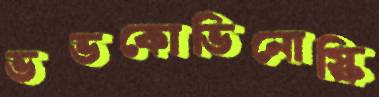
ভভকোভিনোস্কি